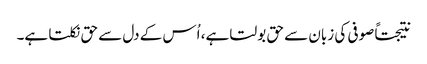
نتیجتاً صوفی کی زبان سے حق بولتا ہے، اُس کے دل سے حق نکلتا ہے۔